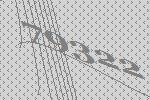
79322